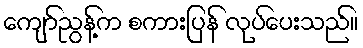
ကျော်ညွန့်က စကားပြန် လုပ်ပေးသည်။